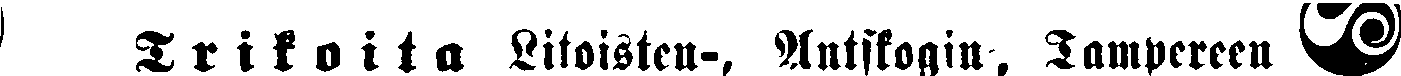
Trikoita Litoisten., Antskogin, Tampereen #